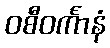
ဝစီဝင်္ကာနံ